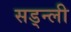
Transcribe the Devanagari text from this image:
सड्न्ली